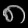
Digit: ၈